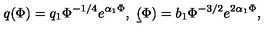
q ( \Phi ) = q _ { 1 } \Phi ^ { - 1 / 4 } e ^ { \alpha _ { 1 } \Phi } , \ \b ( \Phi ) = b _ { 1 } \Phi ^ { - 3 / 2 } e ^ { 2 \alpha _ { 1 } \Phi } ,